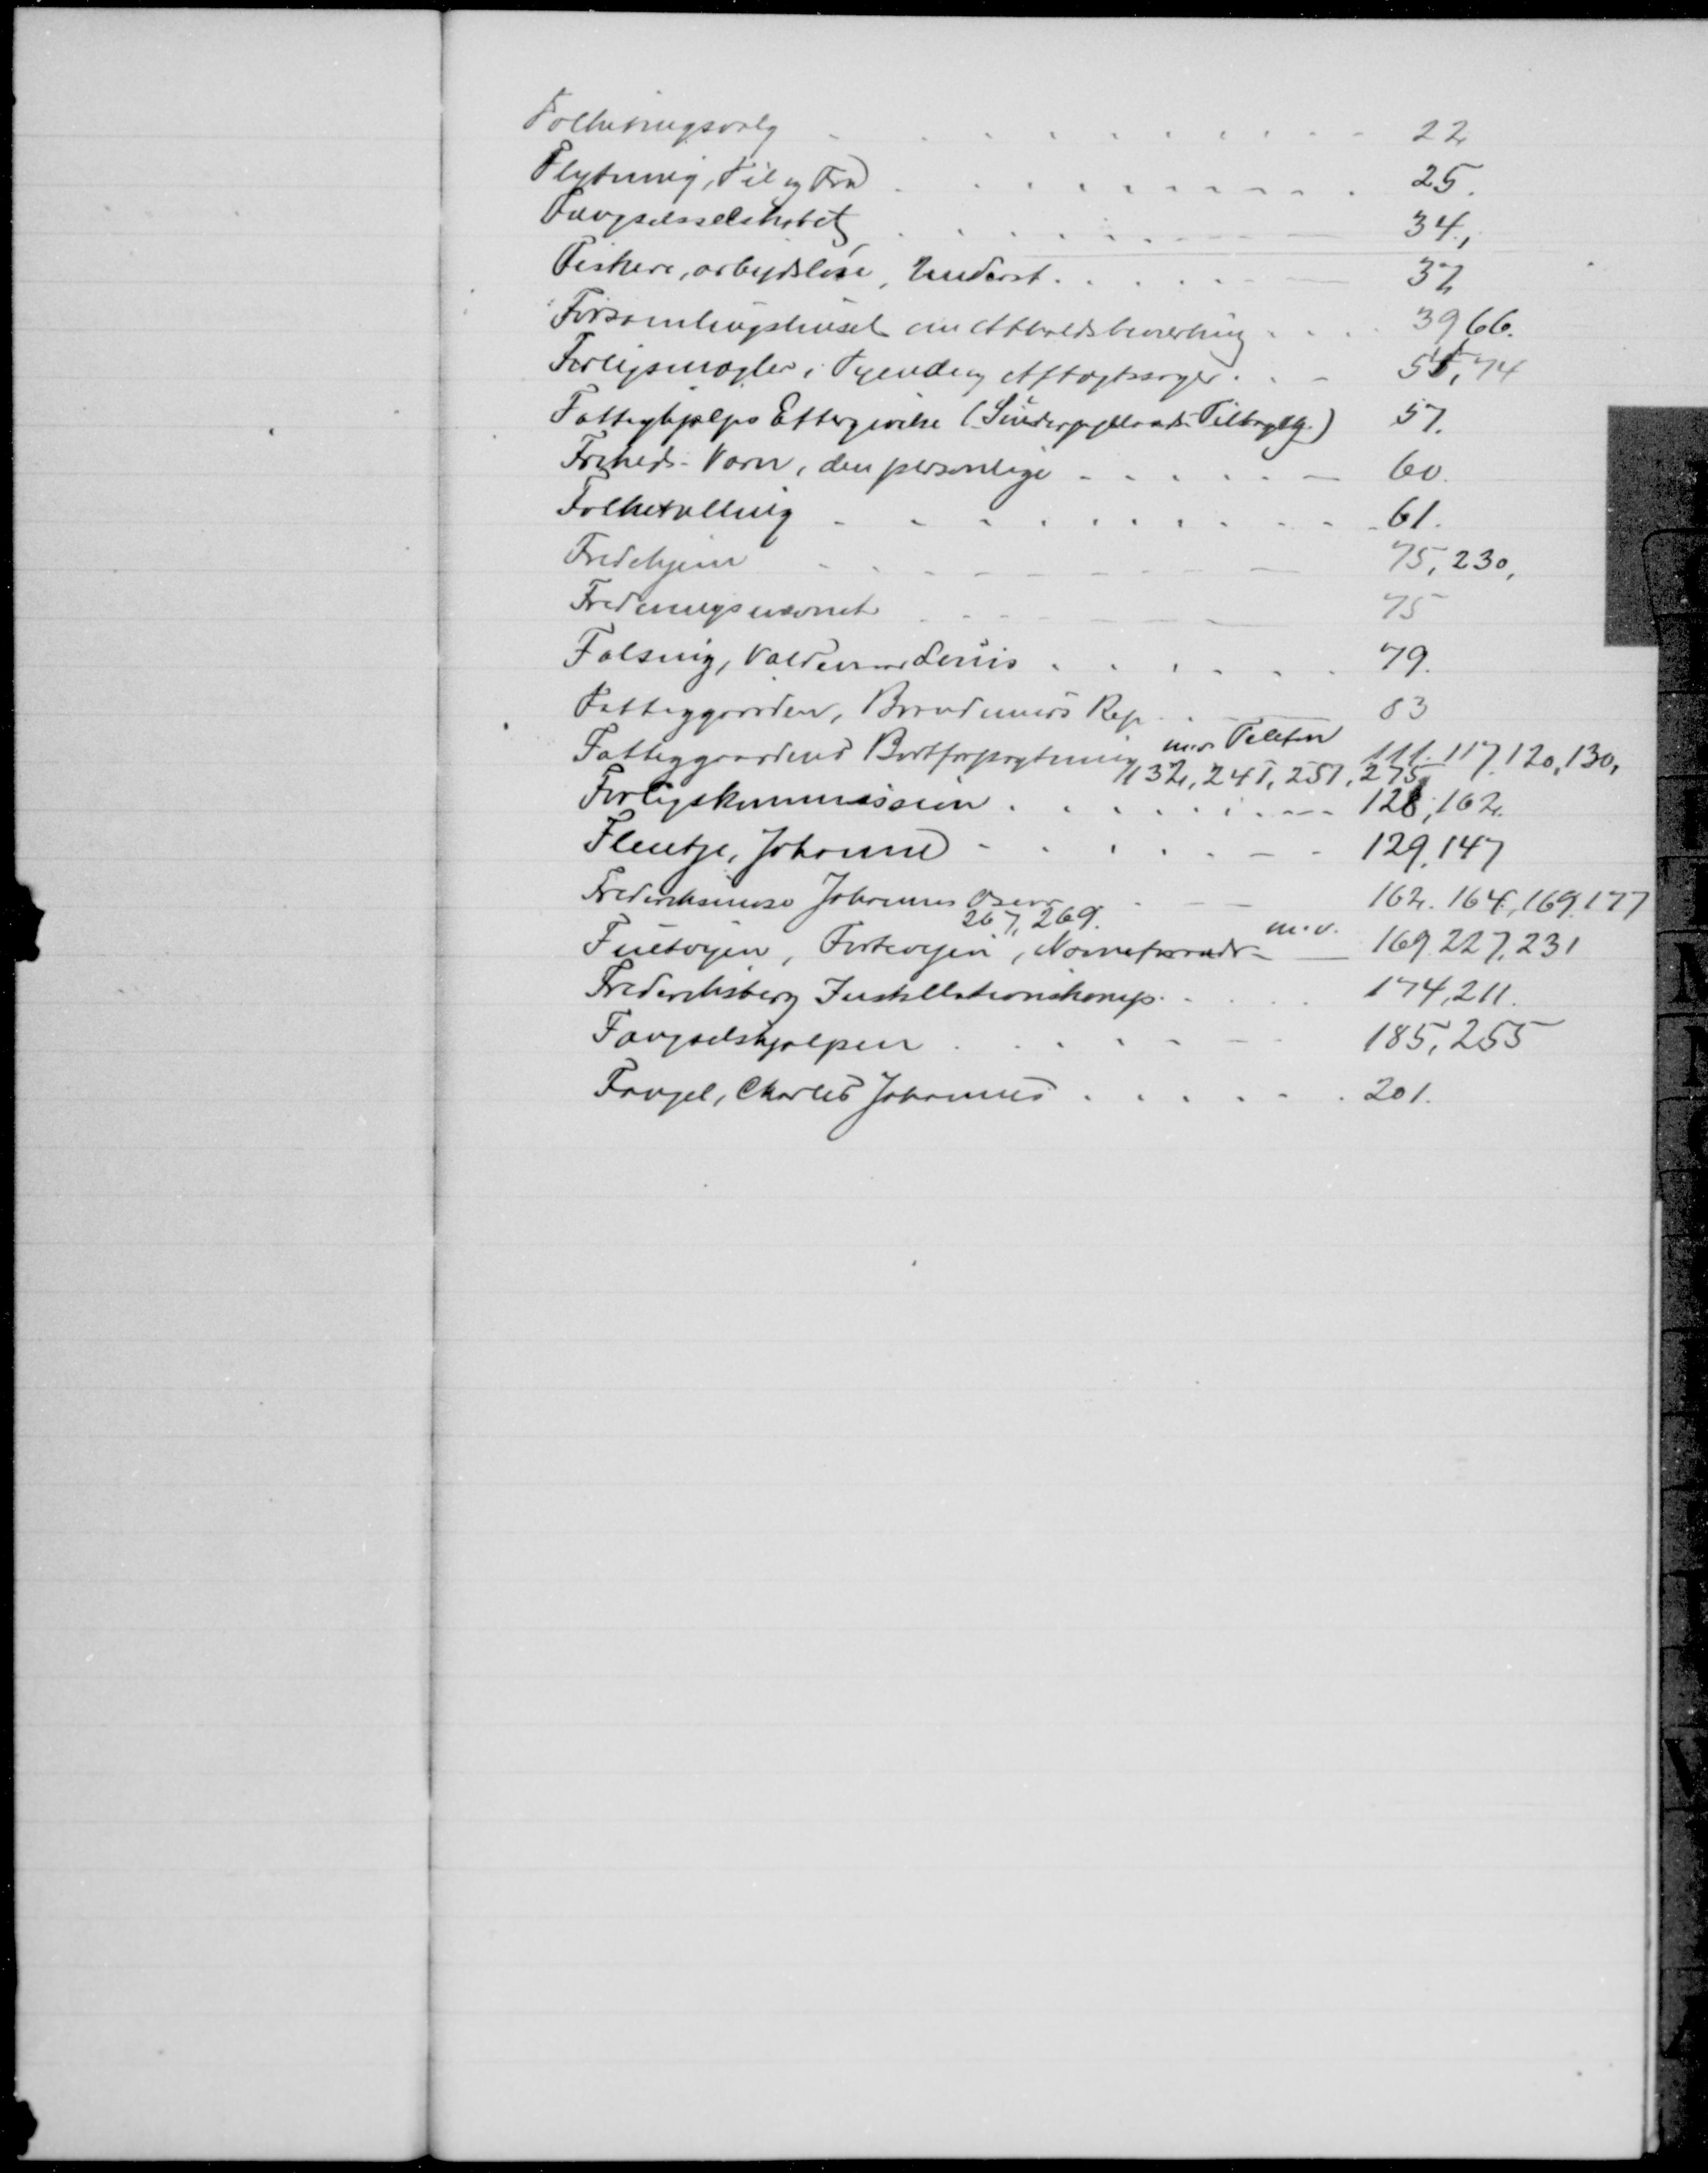
Transskription:
Folketingsvalg
22
Flytning, Til og Fra
25
Fængselsselskabet
34
Fiskere, arbejdsløse, Underst.
37
Forsamlingshuset om Afholdsbeværtning
39 66
Forligsmægler i Tyende og Aftægtssager.
54, 74
Fattighjælps Eftergivelse (  Tilbageg)
57
Friheds - Værn, den personlige
60
Folketælling
61
Fredehjem
75, 230
Fredningsnævnet
75
Falsing, Valdemar Louis
79.
Fattiggaarden, Brøndmurs Rep
83
Fattiggaardens Bortforpagtning
m.v Telefon
111, 117, 120, 130,
132, 241, 251, 275.
Forligskommission
128, 162.
Flentje, Johanne
129, 147
Frederiksmose Johannes Oscar
162, 164, 169, 177
267, 269.
Fuetvejen, Fortevejen, Navneforandr
m.v
169, 227, 231
Frederiksberg Instillationskomp.
174, 211
Fængselshjælpen
185, 255
Fangel, Charles Johannes
201